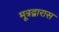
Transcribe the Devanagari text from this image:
मूत्रद्वारास